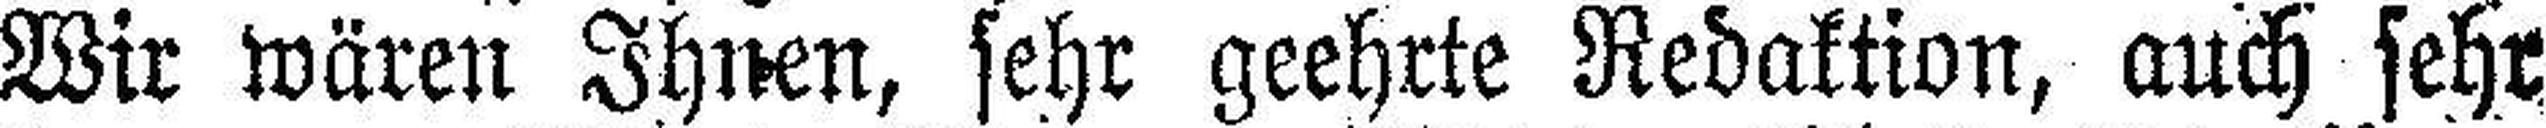
Wir wären Ihnen, sehr geehrte Redaktion, auch sehr